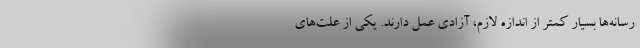
رسانه‌ها بسيار كمتر از اندازه لازم، آزادي عمل دارند. يكي از علت‌هاي